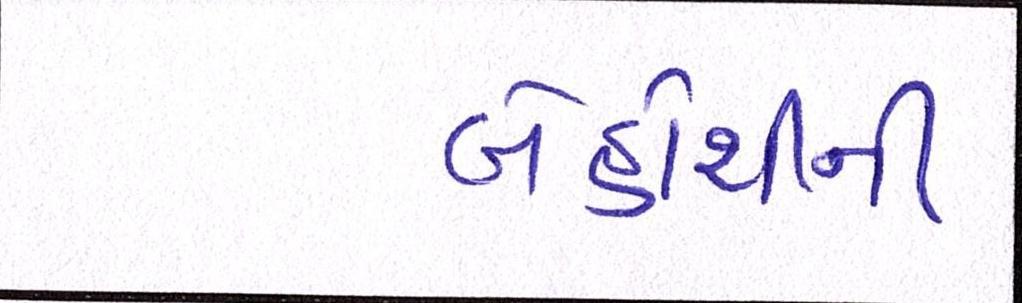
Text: બેહોશીની